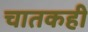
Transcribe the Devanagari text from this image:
चातकही